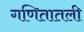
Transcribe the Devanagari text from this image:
गणितातली